Annual administration report of the Civil Veterinary Department, Sind - 1939-1940
Year: 1939
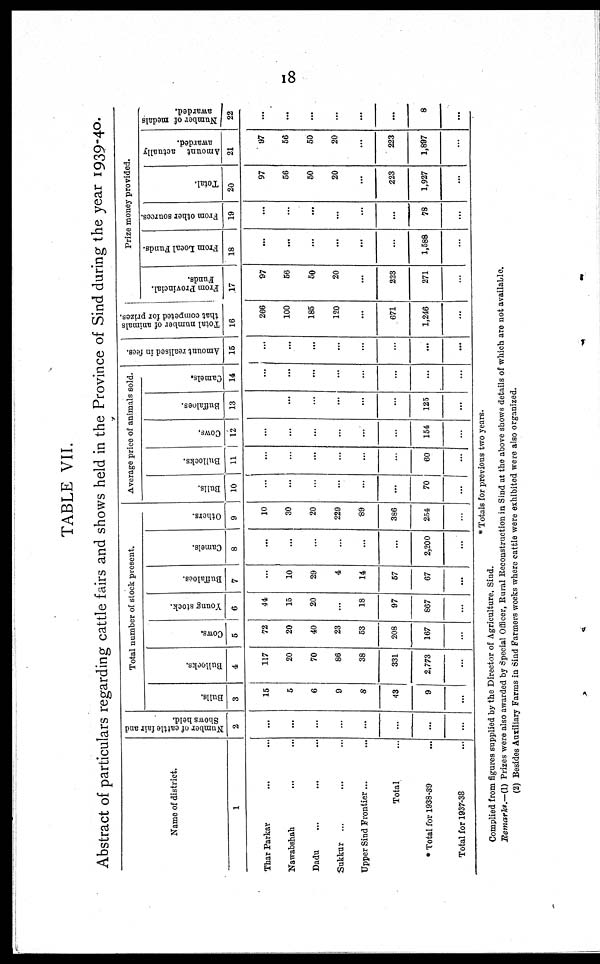
18
TABLE VII.
Abstract of particulars regarding cattle fairs and shows held in the Province of Sind during the year 1939-40.
Name of district.
1
Thar Parkar ... ...
Nawabshah ... ...
Dadu ... ... ...
Sukkar ... ... ...
Upper Sind Frontier... ...
Total ...
* Total for 1938-39 ...
Total for 1937-38 ...
Number of cattle fair and
Shows held.
2
...
...
...
...
...
...
...
...
Total number of stock present.
Bulls.
3
15
5
6
9
8
43
9
...
Bullocks.
4
117
20
70
86
38
331
2,773
...
Cows.
5
72
20
40
23
53
208
167
...
Young stock.
6
44
15
20
...
18
97
867
...
Buffaloes.
7
...
10
29
4
14
57
67
...
Camels.
8
...
...
...
...
...
...
2,200
...
Others.
9
10
30
20
229
89
386
254
...
Average price of animals sold.
Bulls.
10
...
...
...
...
...
...
70
...
Bullocks.
11
...
...
...
...
...
...
60
...
Cows.
12
...
...
...
...
...
...
154
...
Buffaloes.
13
...
...
...
...
...
...
125
...
Camels.
14
...
...
...
...
...
...
...
...
Amount realised in fees.
15
...
...
...
...
...
...
...
...
Total number of animals
that competed for prizes.
16
266
100
185
120
...
671
1,246
...
Prize money provided.
From Provincial.
Funds.
17
97
56
50
20
...
223
271
...
From Local Funds.
18
...
...
...
...
...
...
1,588
...
From other sources.
19
...
...
...
...
...
...
78
...
Total.
20
97
56
50
20
...
223
1,927
...
Amount actually
awarded.
21
97
56
50
20
...
223
1,897
...
Number of medals
awarded.
22
...
...
...
...
...
...
8
...
* Totals for previous two years.
Complied from figures supplied by the Director of Agriculture, Sind.
Remarks.—(1) Prizes were also awarded by Special Officer, Rural Reconstruction in Sind at the above shows details of which are not available.
(2) Besides Auxiliary Farms in Sind Farmers weeks where cattle were exhibited were also organized.